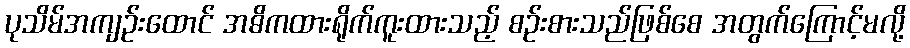
ပုသိမ်အကျဉ်းထောင် အဓိကထားရိုက်ကူးထားသည့် စဉ်းစားသည်ဖြစ်စေ အတွက်ကြောင့်မလို့